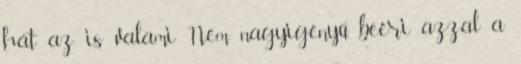
hát az is valami Nem nagyigényű, beéri azzal a